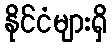
နိုင်ငံများရှိ